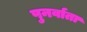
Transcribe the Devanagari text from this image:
पुनर्वाता